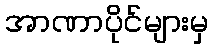
အာဏာပိုင်များမှ